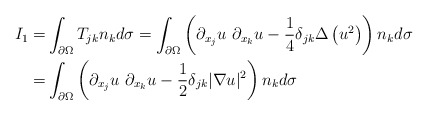
\begin{align*}I_{1}=& \int_{\partial \Omega }T_{jk}n_{k}d\sigma =\int_{\partial \Omega}\left( \partial _{x_{j}}u\ \partial _{x_{k}}u-\frac{1}{4}\delta _{jk}\Delta\left( u^{2}\right) \right) n_{k}d\sigma \\=& \int_{\partial \Omega }\left( \partial _{x_{j}}u\ \partial _{x_{k}}u-\frac{1}{2}\delta _{jk}|\nabla u|^{2}\right) n_{k}d\sigma \end{align*}